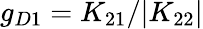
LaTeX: g_{D1}=K_{21}/|K_{22}|